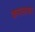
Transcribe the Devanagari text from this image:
कमलाधर